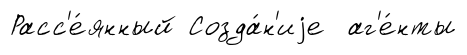
Расс'е́янный Созда́н'иjе аг'е́нты